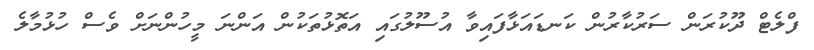
ފްލެޓް ދޫކުރަން ސަރުކާރުން ކަނޑައަޅާފައިވާ އުސޫލުގައި އަތޮޅުތަކުން އަންނަ މީހުންނަށް ވެސް ހުޅުމާލެ